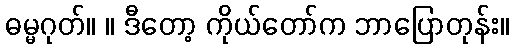
ဓမ္မဂုတ်။ ။ ဒီတော့ ကိုယ်တော်က ဘာပြောတုန်း။